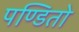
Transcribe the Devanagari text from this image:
पण्डितो